Reports on military cantonments and civil stations in the Presidency of Bombay inspected by the Sanitary Commissioner in the years 1875 and 1876
Year: 1875
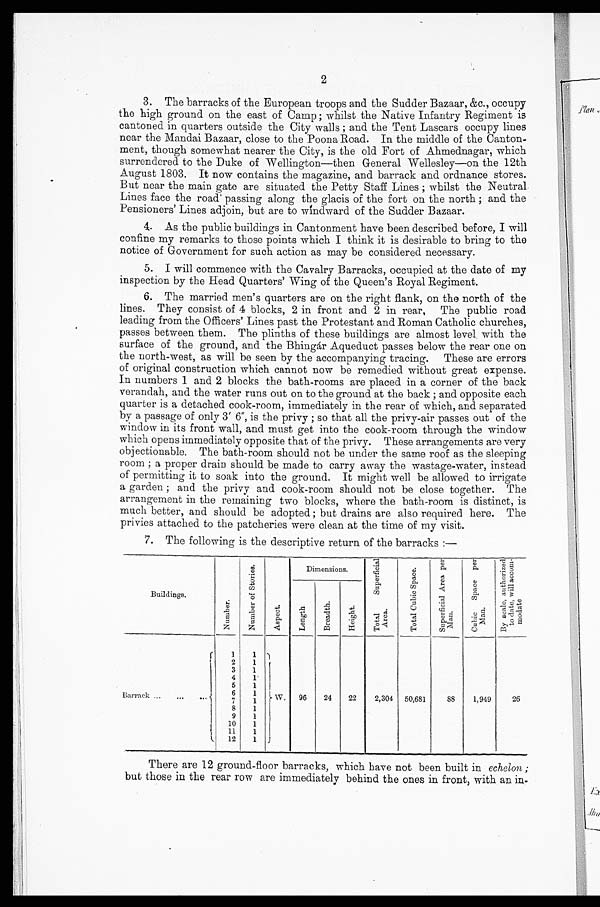
2
3. The barracks of the European troops and the Sudder Bazaar, &c., occupy
the high ground on the east of Camp ; whilst the Native Infantry Regiment is
cantoned in quarters outside the City walls ; and the Tent Lascars occupy lines
near the Mandai Bazaar, close to the Poona Road. In the middle of the Canton-
ment, though somewhat nearer the City, is the old Fort of Ahmednagar, which
surrendered to the Duke of Wellington—then General Wellesley—on the 12th
August 1803. It now contains the magazine, and barrack and ordnance stores.
But near the main gate are situated the Petty Staff Lines ; whilst the Neutral
Lines face the road passing along the glacis of the fort on the north ; and the
Pensioners' Lines adjoin, but are to windward of the Sudder Bazaar.
4. As the public buildings in Cantonment have been described before, I will
confine my remarks to those points which I think it is desirable to bring to the
notice of Government for such action as may be considered necessary.
5. I will commence with the Cavalry Barracks, occupied at the date of my
inspection by the Head Quarters' Wing of the Queen's Royal Regiment.
6. The married men's quarters are on the right flank, on the north of the
lines. They consist of 4 blocks, 2 in front and 2 in rear, The public road
leading from the Officers' Lines past the Protestant and Roman Catholic churches,
passes between them. The plinths of these buildings are almost level with the
surface of the ground, and the Bhingár Aqueduct passes below the rear one on
the north-west, as will be seen by the accompanying tracing. These are errors
of original construction which cannot now be remedied without great expense.
In numbers 1 and 2 blocks the bath-rooms are placed in a corner of the back
verandah, and the water runs out on to the ground at the back ; and opposite each
quarter is a detached cook-room, immediately in the rear of which, and separated
by a passage of only 3' 6", is the privy ; so that all the privy-air passes out of the
window in its front wall, and must get into the cook-room through the window
which opens immediately opposite that of the privy. These arrangements are very
objectionable. The bath-room should not be under the same roof as the sleeping
room ; a proper drain should be made to carry away the wastage-water, instead
of permitting it to soak into the ground. It might well be allowed to irrigate
a garden ; and the privy and cook-room should not be close together. The
arrangement in the remaining two blocks, where the bath-room is distinct, is
much better, and should be adopted ; but drains are also required here. The
privies attached to the patcheries were clean at the time of my visit.
7. The following is the descriptive return of the barracks :—
Buildings.
N u m b e r .
N u m b e r o f S t o r i e s .
A s p e c t .
Dimensions.
T o t a l S u p e r f i c i a l
A r e a .
T o t a l C u b i c S p a c e .
S u p e r f i c i a l A r e a p e r
M a n .
Cu b i c S p a c e p e r
Man. B y s c a l e , a u t h o r i z e d
t o d a t e , w i l l a c c o m -
modat e.
L e n g t h
B r e a d t h .
H e i g h t .
Barrack... . . .
. . .
1
1
W.
96
24
22
2,304
50,681
88
1,949
26
2
1
3
1
4
1
5
1
6
1
7
1
8
1
9
1
10
1
11
1
12
1
There are 12 ground-floor barracks, which have not been built in echelon ;
but those in the rear row are immediately behind the ones in front, with an in-